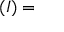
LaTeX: \mathbf { ( } I ) =